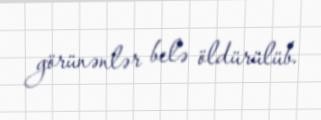
görünənlər belə öldürülüb.